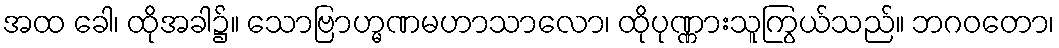
အထ ခေါ၊ ထိုအခါ၌။ သောဗြာဟ္မဏမဟာသာလော၊ ထိုပုဏ္ဏားသူကြွယ်သည်။ ဘဂဝတော၊